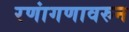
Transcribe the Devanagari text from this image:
रणांगणावरुन